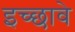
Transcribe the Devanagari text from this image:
इच्छावे